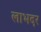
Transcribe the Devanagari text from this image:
लाभदर